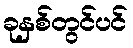
ခုနှစ်တွင်ပင်